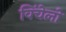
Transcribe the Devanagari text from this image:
विंचेलो